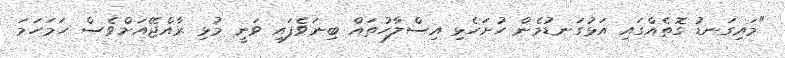
"މައިގަނޑު ގޮތެއްގައި އަޅުގަނޑުމެން ހުށަހެޅި އިސްލާހުތައް ބިނަވެފައި ވަނީ މުޅި ރާއްޖޭއަށްވެސް ހަމަހަމަ